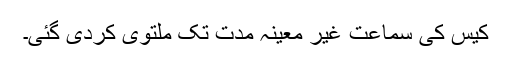
کیس کی سماعت غیر معینہ مدت تک ملتوی کردی گئی۔